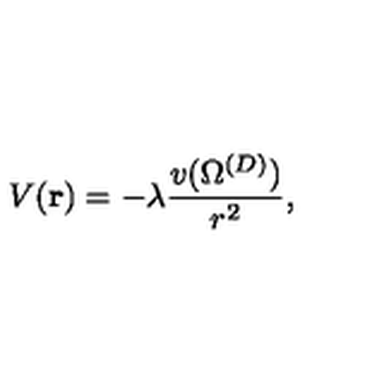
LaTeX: V ( { \bf r } ) = - \lambda \frac { v ( \Omega ^ { ( { D } ) } ) } { r ^ { 2 } } ,